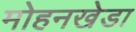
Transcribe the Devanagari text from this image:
मोहनखेडा